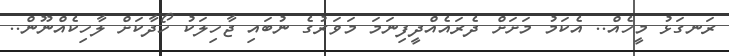
ރަނގަޅު މީހެއް.. އެކަމު މަށަށް ދެރައެއްދީފިނަމަ މަވަރުގެ ނުބައި ޖާހިލަކު ހޯދާކަށް ލާހިކެއްނޫން..